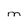
Character: M